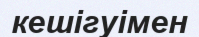
кешігуімен